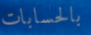
بالحسابات